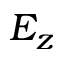
E _ { z }